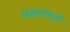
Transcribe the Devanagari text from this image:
बखतबली